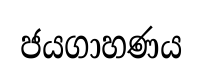
ජයගාහණය